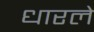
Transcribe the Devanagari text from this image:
धारले